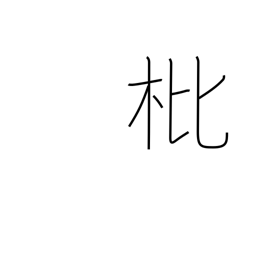
Meaning: loquat